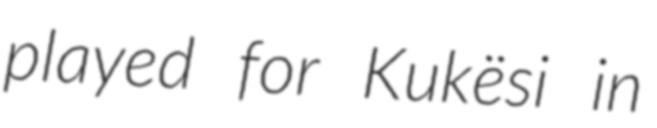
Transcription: played for Kukësi in